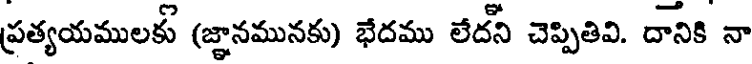
ప్రత్యయములకు (జ్ఞానమునకు) భేదము లేదని చెప్పితివి. దానికి నా